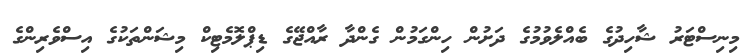
މިނިސްޓަރު ޝާހިދުގެ ބެއްލެވުމުގެ ދަށުން ހިންގަމުން ގެންދާ ރާއްޖޭގެ ޑިޕްލޮމެޓިކް މިޝަންތަކުގެ އިސްވެރިންގެ